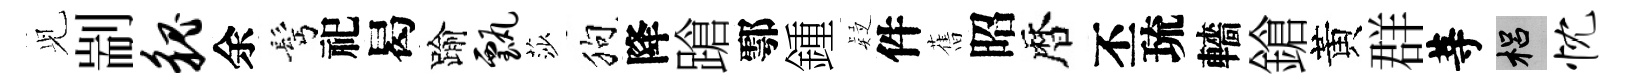
𫤗剬貌余髩祀曷踰甄莎狗降蹌鄠鍾疑件𦾔昭暦丕琉轖鎗黃群䓁梠忱